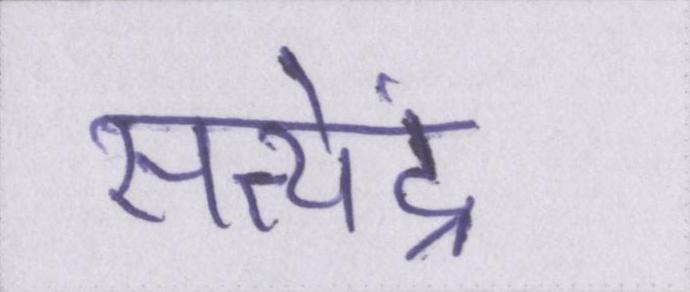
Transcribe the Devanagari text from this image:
सत्येंद्र